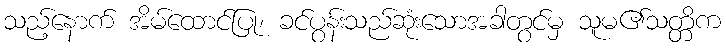
သည့်နောက် အိမ်ထောင်ပြု၊ ခင်ပွန်းသည်ဆုံးသောအခါတွင်မှ သူမ၏သတ္တိက